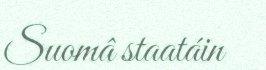
Suomâ staatáin